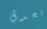
تحدق